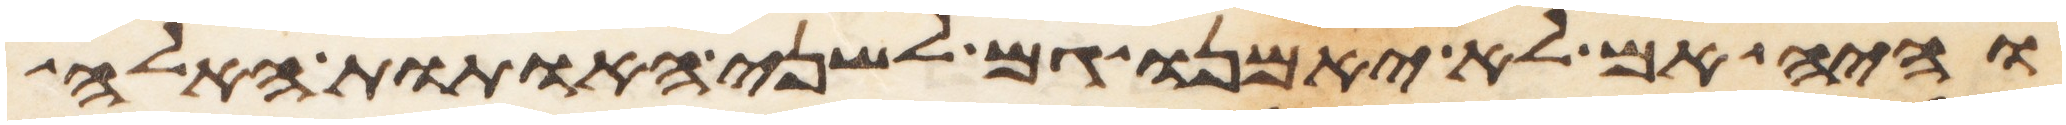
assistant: והיה אם לא יאמנו גם לשני האתות האלה